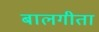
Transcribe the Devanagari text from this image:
बालगीता